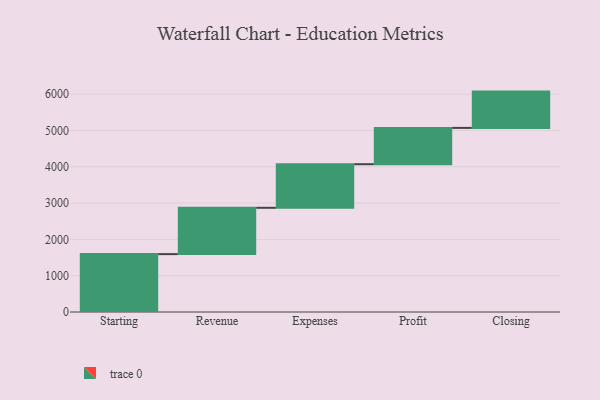
{"axis": {"x": "Step", "y": "Value"}, "legend": [""], "data": [{"x": "Starting", "y": 1595.0, "type": ""}, {"x": "Revenue", "y": 1276.0, "type": ""}, {"x": "Expenses", "y": 1201.0, "type": ""}, {"x": "Profit", "y": 1000, "type": ""}, {"x": "Closing", "y": 1000, "type": ""}]}